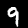
Label: 9